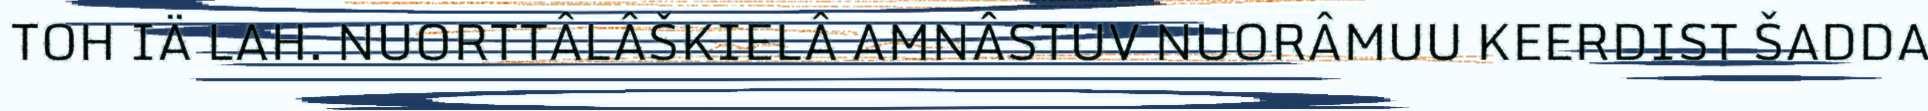
TOH IÄ LAH. NUORTTÂLÂŠKIELÂ AMNÂSTUV NUORÂMUU KEERDIST ŠADDA